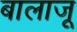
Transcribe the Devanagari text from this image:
बालाजू